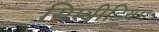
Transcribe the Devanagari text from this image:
सिम्बीडियम